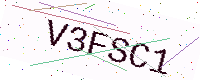
Text: V3FSC1